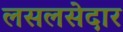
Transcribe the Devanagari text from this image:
लसलसेदार